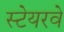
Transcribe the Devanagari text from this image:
स्टेयरवे